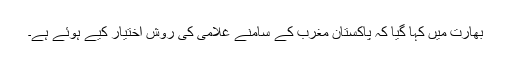
بھارت میں کہا گیا کہ پاکستان مغرب کے سامنے غلامی کی روش اختیار کیے ہوئے ہے۔